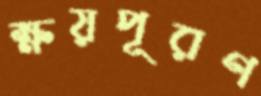
ক্ষয়পূরণ